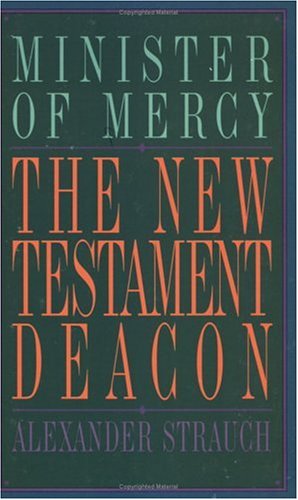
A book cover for The New Testament Deacon: The Church's Minister of Mercy; Alexander Strauch; Christian Books & Bibles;